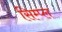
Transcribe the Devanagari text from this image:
सिम्प्ल